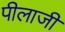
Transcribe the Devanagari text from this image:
पीलाजी